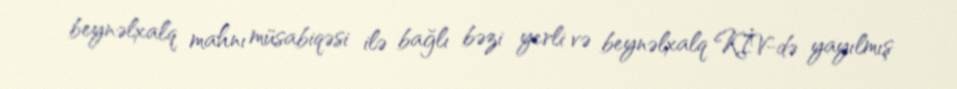
beynəlxalq mahnı müsabiqəsi ilə bağlı bəzi yerli və beynəlxalq KİV-də yayılmış